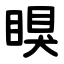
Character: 瞁